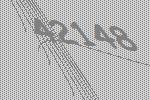
42148